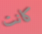
كانت